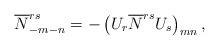
LaTeX: \begin{align*}\overline{N}_{-m-n}^{rs} = - \left( U_r \overline{N}^{rs} U_s \right)_{mn},\end{align*}